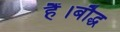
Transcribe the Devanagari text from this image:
हैं।बौद्ध